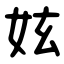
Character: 妶